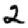
Digit: 2